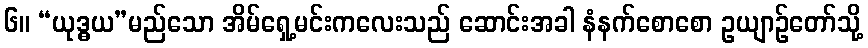
၆။ “ယုဒ္ဓယ”မည်သော အိမ်ရှေ့မင်းကလေးသည် ဆောင်းအခါ နံနက်စောစော ဥယျာဉ်တော်သို့